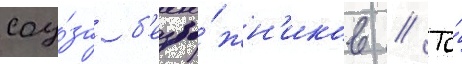
соу́за б'езбо́жн'иков // То́